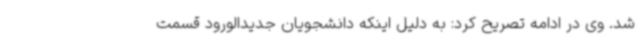
شد. وی در ادامه تصریح کرد: به دلیل اینکه دانشجویان جدیدالورود قسمت